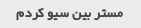
مستر بین سیو کردم